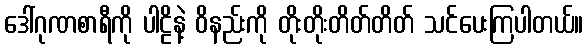
ဒေါ်ဂုဏစာရီကို ပါဠိနဲ့ ဝိနည်းကို တိုးတိုးတိတ်တိတ် သင်ပေးကြပါတယ်။